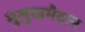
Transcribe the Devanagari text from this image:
मुलुखमैदान